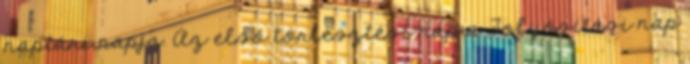
naptári napja. Az első törlesztési nap a Folyósítási nap